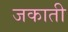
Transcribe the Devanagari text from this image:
जकाती